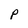
Character: P